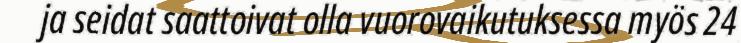
ja seidat saattoivat olla vuorovaikutuksessa myös 24